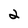
Character: 2